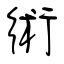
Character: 術